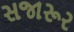
સજારૂર